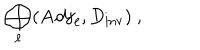
LaTeX: \bigoplus _ { \ell } ( { \bf A d j } _ { \ell } , D _ { \mathrm { i n v } } ) ~ ,